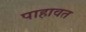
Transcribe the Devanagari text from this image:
पाहावत